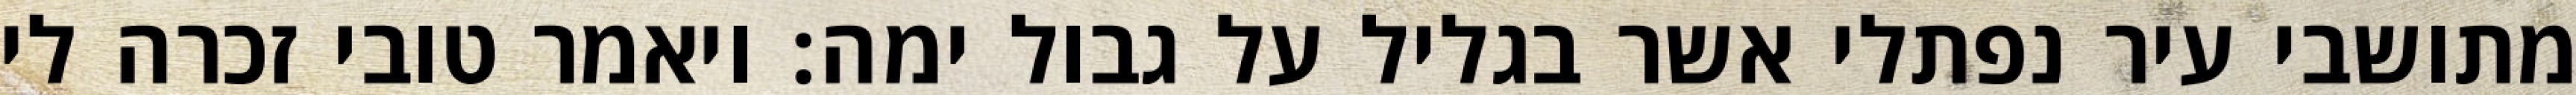
מתושבי עיר נפתלי אשר בגליל על גבול ימה: ויאמר טובי זכרה לי